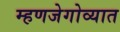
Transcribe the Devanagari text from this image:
म्हणजेगोव्यात